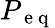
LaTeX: P_{\mathrm{~e~q~}}